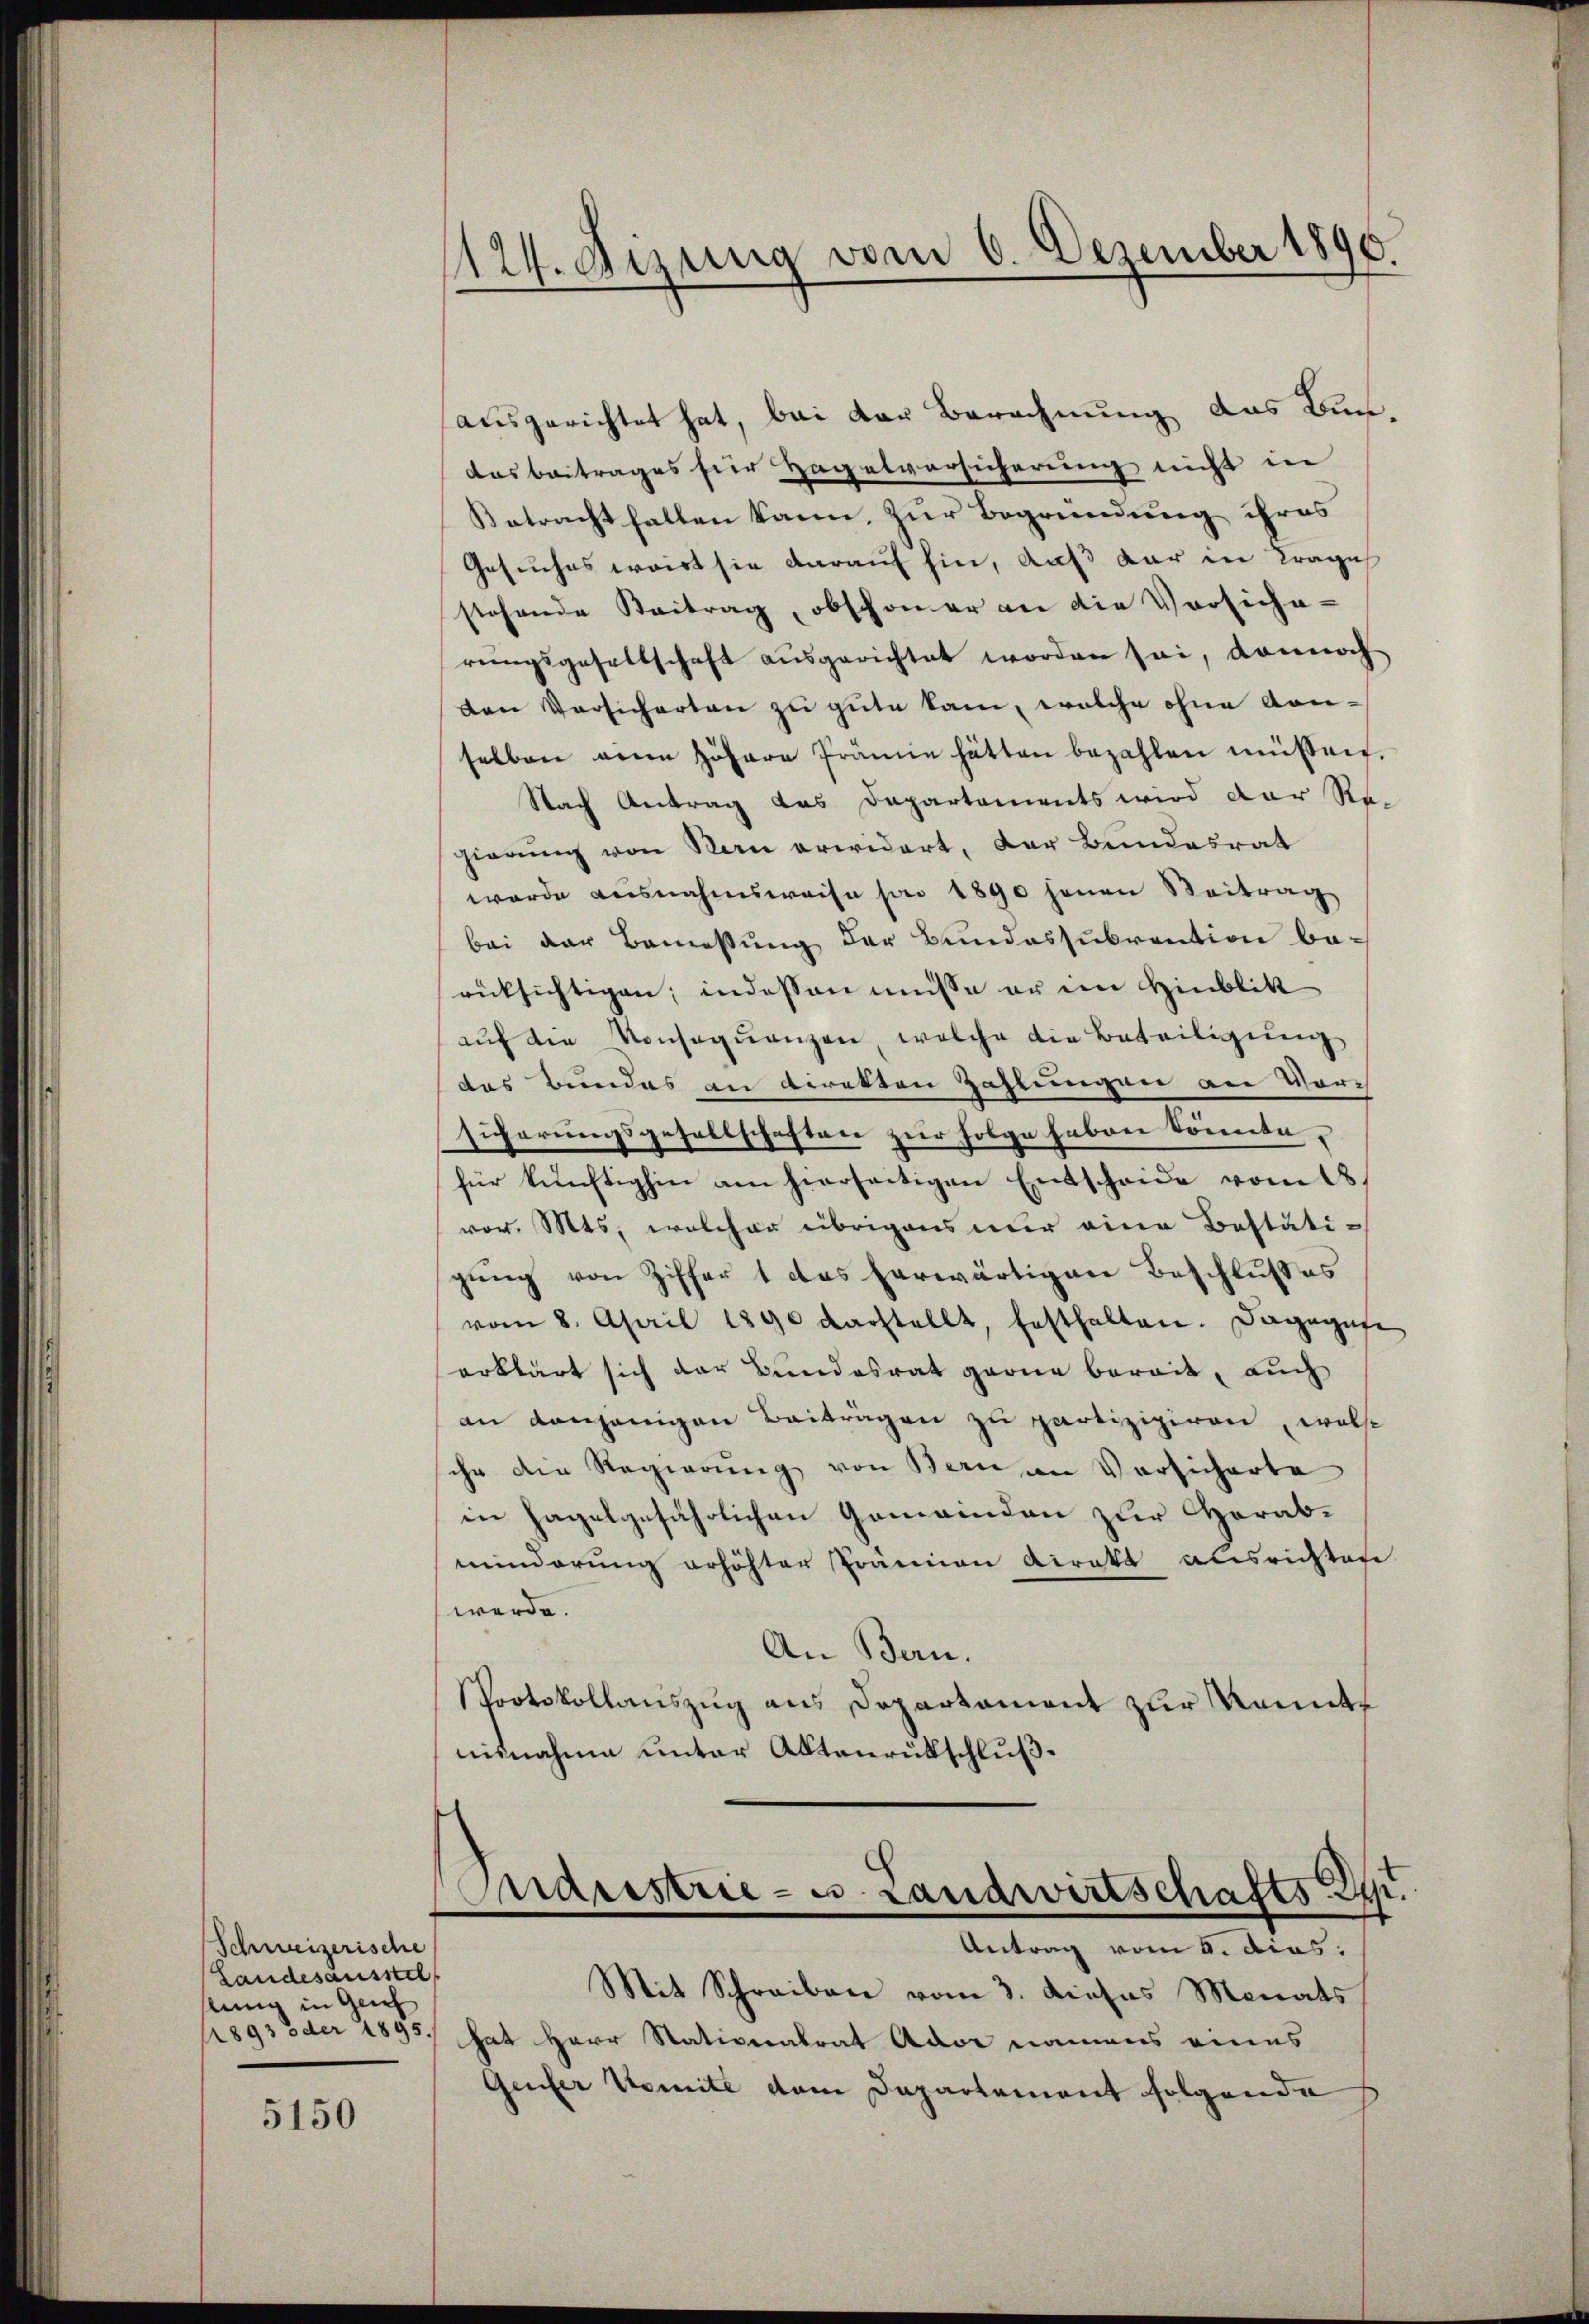
Schweizerische
Landesausstel
lung in Grief
1893 oder 1895.

5150

ausgerichtet hat, bei der Berechnung das Bundas beitrages für Hagelvorsicherung nicht in
Betracht fallen kann, zur Begründung ihres
Gesuches wirt sie darauf hin, daß dar in Trage
stehende Beitrag, obschoner an die Vorsiche-
rungsgesellschaft ausgerichtet worden sei, dannoch
den Versicherten zu gute kam, welche ohne Kon-
selben eine höhere Prämie hätten bezahlen müssen.
Nach Antrag das Departements wird der Re-
gierung von Man erwidert, der Bundesrat
werde ausnahmsweise von 1890 jenen Beitrag
bei der Bemessung der Bundessubvention be-
rücksichtigen; indessen müsse er im Hinblik
aŭf die Konseqŭenzen, welche die Beteiligung
des Bundes an direkten Zahlungen an Vor
sicherungsgesellschaften zur Folge haben könnte.
für künftighin am hierseitigen Entscheide vom 18
vor. Mts., welcher übrigens nur eine Bestäti-
gung von Ziffert das herwärtigen Beschlußes
vom 8. April 1890 darstellt, festhalten. Dagegese
erklärt sich der Bundesrat gerne bereit, auch
an denjenigen Beitragen zu partizipiren, wolle
ihr die Regierung von Bern im Versicherte
in hagelgefährlichen Gemeinden zur Herabminderung erhöhter Prämien direkt ausrichten
werde.
An Bern.
PProtokollauszug aus Departament zur Romete
nisnahme unter Aktenrütschluß.

124. Dizung vom 6. Dezember 1896.

Manistrie- u. Landwirtschafts-Apr.
Antrag vom 5. dies

Mit Schreiben vom 3. dieses Monats
hat Herr Nationalrat Ador namens eines
Genfer Komite dem Departement folgende